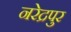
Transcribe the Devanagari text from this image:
नरेद्रपुर